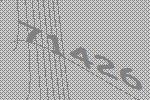
71426